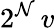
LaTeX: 2^{\mathcal{N}}\, v